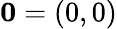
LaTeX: \mathbf{0}=(0,0)